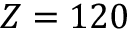
Z = 1 2 0